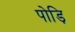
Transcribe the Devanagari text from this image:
पोड़ि